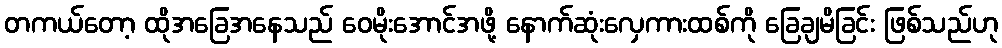
တကယ်တော့ ထိုအခြေအနေသည် ဝေမိုးအောင်အဖို့ နောက်ဆုံးလှေကားထစ်ကို ခြေချမိခြင်း ဖြစ်သည်ဟု